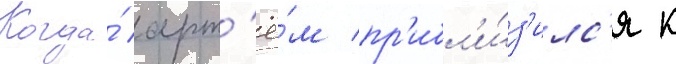
Когда́ арт'ё́м пр'ибл'и́з'илс'я к